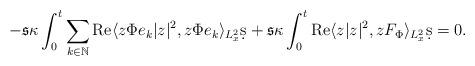
LaTeX: \begin{align*} -\mathfrak{s} \kappa \int_0^t \sum_{k\in \mathbb{N}} \operatorname{Re}\langle z\Phi e_k| z|^2, z \Phi e_k\rangle_{L_x^2} \d s+\mathfrak{s} \kappa \int_0^t \operatorname{Re}\langle z| z|^2, zF_{\Phi}\rangle _{L_x^2}\d s=0.\end{align*}